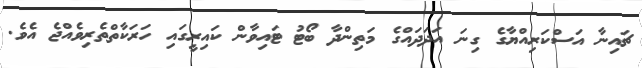
ޗައިނާ އަސްކަރިއްޔާގެ ގިނަ އަދަދައްގެ މަތިންދާ ބޯޓު ޓައިވާން ކައިރީގައި ހަރަކާތްތެރިވެއްޖެ އެވެ.